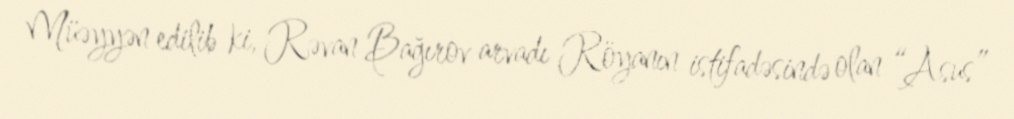
Müəyyən edilib ki, Rəvan Bağırov arvadı Röyanın istifadəsində olan “Asus”